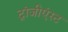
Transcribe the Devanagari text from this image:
ट्रांजीएंस्ट